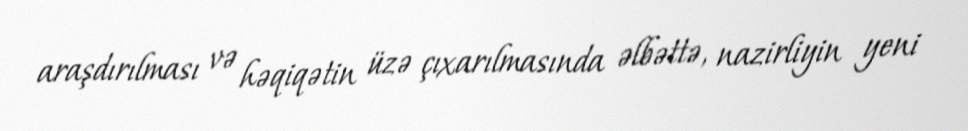
araşdırılması və həqiqətin üzə çıxarılmasında əlbəttə, nazirliyin yeni